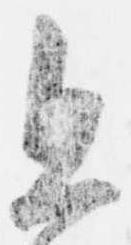
且